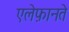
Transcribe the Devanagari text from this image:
एलेफ़ानते